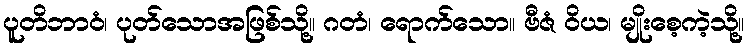
ပူတိဘာဝံ၊ ပုတ်သောအဖြစ်သို့။ ဂတံ၊ ရောက်သော။ ဗီဇံ ဝိယ၊ မျိုးစေ့ကဲ့သို့။